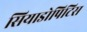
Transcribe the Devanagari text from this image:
सियाडोपिटिस